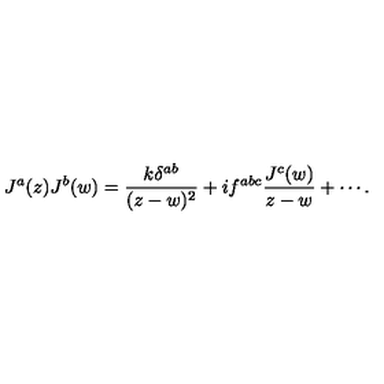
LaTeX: J ^ { a } ( z ) J ^ { b } ( w ) = \frac { k \delta ^ { a b } } { ( z - w ) ^ { 2 } } + i f ^ { a b c } \frac { J ^ { c } ( w ) } { z - w } + \cdots .